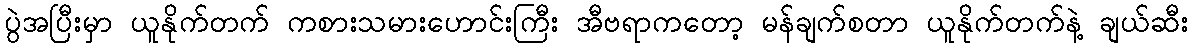
ပွဲအပြီးမှာ ယူနိုက်တက် ကစားသမားဟောင်းကြီး အီဗရာကတော့ မန်ချက်စတာ ယူနိုက်တက်နဲ့ ချယ်ဆီး